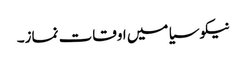
نیکوسیا میں اوقات نماز۔